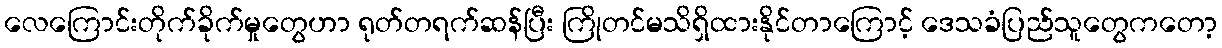
လေကြောင်းတိုက်ခိုက်မှုတွေဟာ ရုတ်တရက်ဆန်ပြီး ကြိုတင်မသိရှိထားနိုင်တာကြောင့် ဒေသခံပြည်သူတွေကတော့